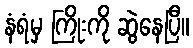
နံရံမှ ကြိုးကို ဆွဲနေပြီ။